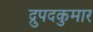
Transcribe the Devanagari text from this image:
द्रुपदकुमार